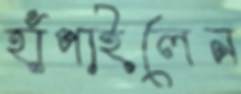
হাঁপাইলেন